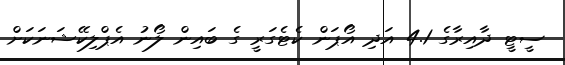
ސީޓީ ދާއިރާގެ 4.1 އަދި އޯޕަން ކެޓެގަރީ ގެ ބައިން ލޯނު އެޕްލިކޭޝަނަކަށް